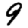
Digit: 9